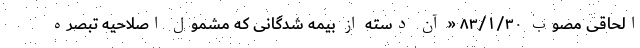
الحاقی مصوب ۸۳/۱/۳۰ « آن دسته از بیمه شدگانی که مشمول اصلاحیه تبصره